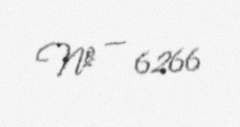
№ — 6266